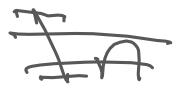
Text: In
Cross-out: double-line
Writing tool: digital_gray